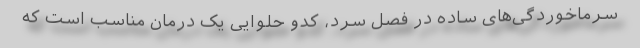
سرماخوردگی‌های ساده در فصل سرد، کدو حلوایی یک درمان مناسب است که